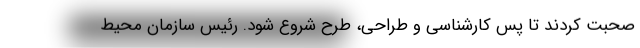
صحبت کردند تا پس کارشناسی و طراحی، طرح شروع شود. رئیس سازمان محیط